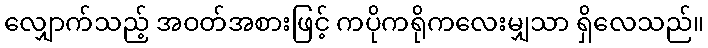
လျှောက်သည့် အဝတ်အစားဖြင့် ကပိုကရိုကလေးမျှသာ ရှိလေသည်။